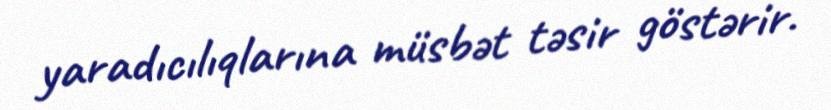
yaradıcılıqlarına müsbət təsir göstərir.